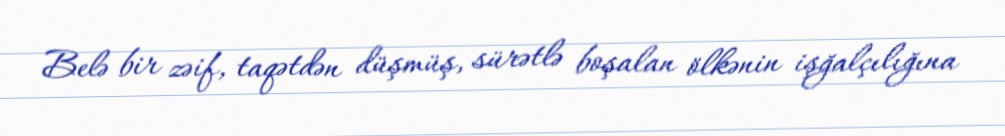
Belə bir zəif, taqətdən düşmüş, sürətlə boşalan ölkənin işğalçılığına